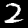
Label: 2